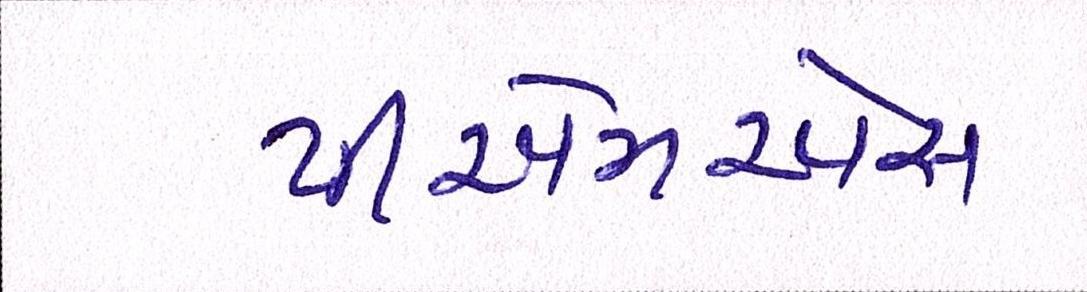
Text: પીએમએસ